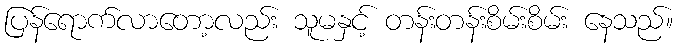
ပြန်ရောက်လာတော့လည်း သူမနှင့် တန်းတန်းစိမ်းစိမ်း နေသည်။